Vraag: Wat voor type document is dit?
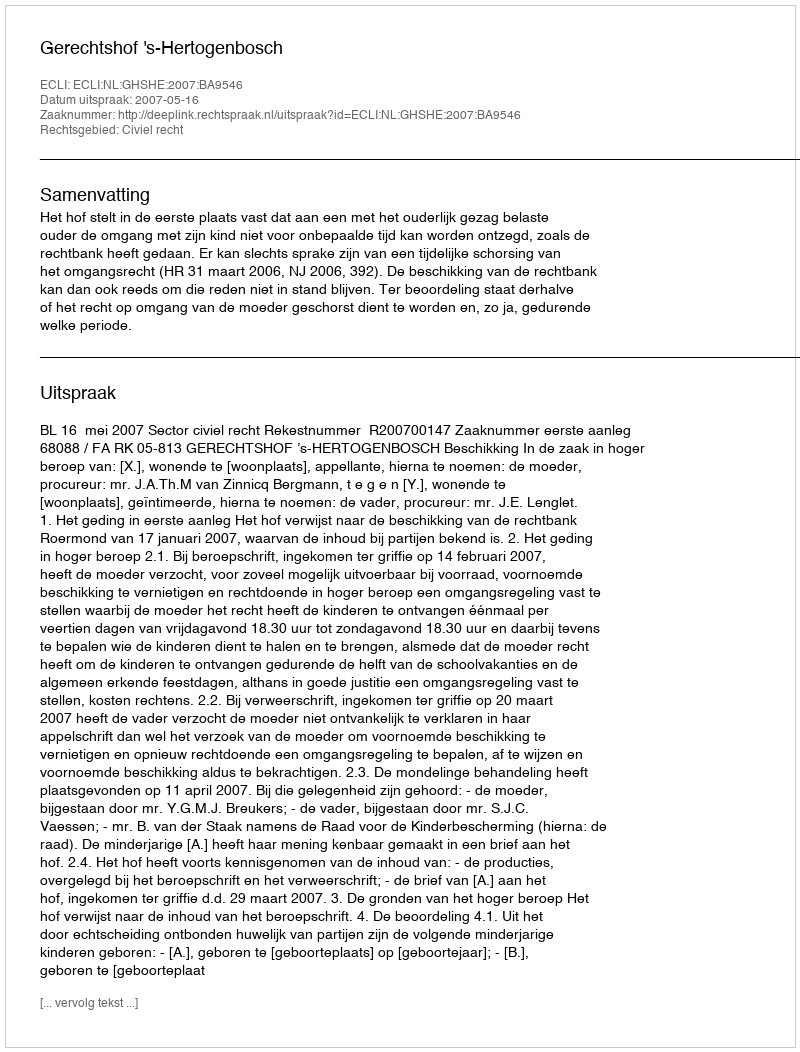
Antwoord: Uitspraak